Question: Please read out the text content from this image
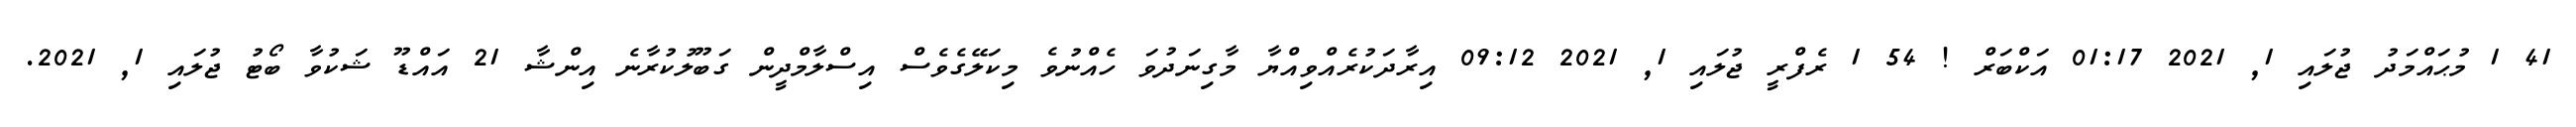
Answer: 41 1 މުޙައްމަދު ޖުލައި 1, 2021 01:17 އަކްބަރް ! 54 1 ރެފްރީ ޖުލައި 1, 2021 09:12 އިރާދަކުރެއްވިއްޔާ މާގިނަދުވަ ހެއްނުވެ މިކަލޭގެވެސް އިސްލާމްދީން ގަބޫލުކުރާނެ އިންޝާ 21 އައްޑޫ ޝަކުވާ ބޯޓު ޖުލައި 1, 2021.